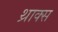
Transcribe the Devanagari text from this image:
थ्राक्स